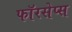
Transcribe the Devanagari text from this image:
फॉरसेप्स